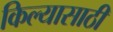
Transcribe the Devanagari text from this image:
किल्यासाठी